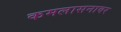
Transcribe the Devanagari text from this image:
कमलासनावर